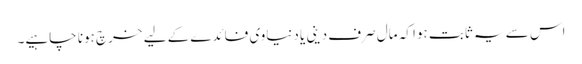
اس سے یہ ثابت ہوا کہ مال صرف دینی یا دنیاوی فائدے کے لیے خرچ ہونا چاہیے۔